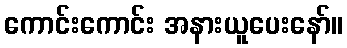
ကောင်းကောင်း အနားယူပေးနော်။